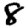
Digit: 8